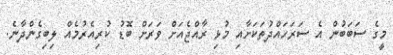
މީގެ ސަބަބުން އެ ސަރަހައްދުތަކަށާއި މުޅި ރާއްޖެއަށް ވަރަށް ބޮޑު ކުރިއެރުމެއް ލިބިގެންދާނެ.